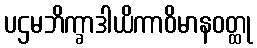
ပဌမဘိက္ခာဒါယိကာဝိမာနဝတ္ထု